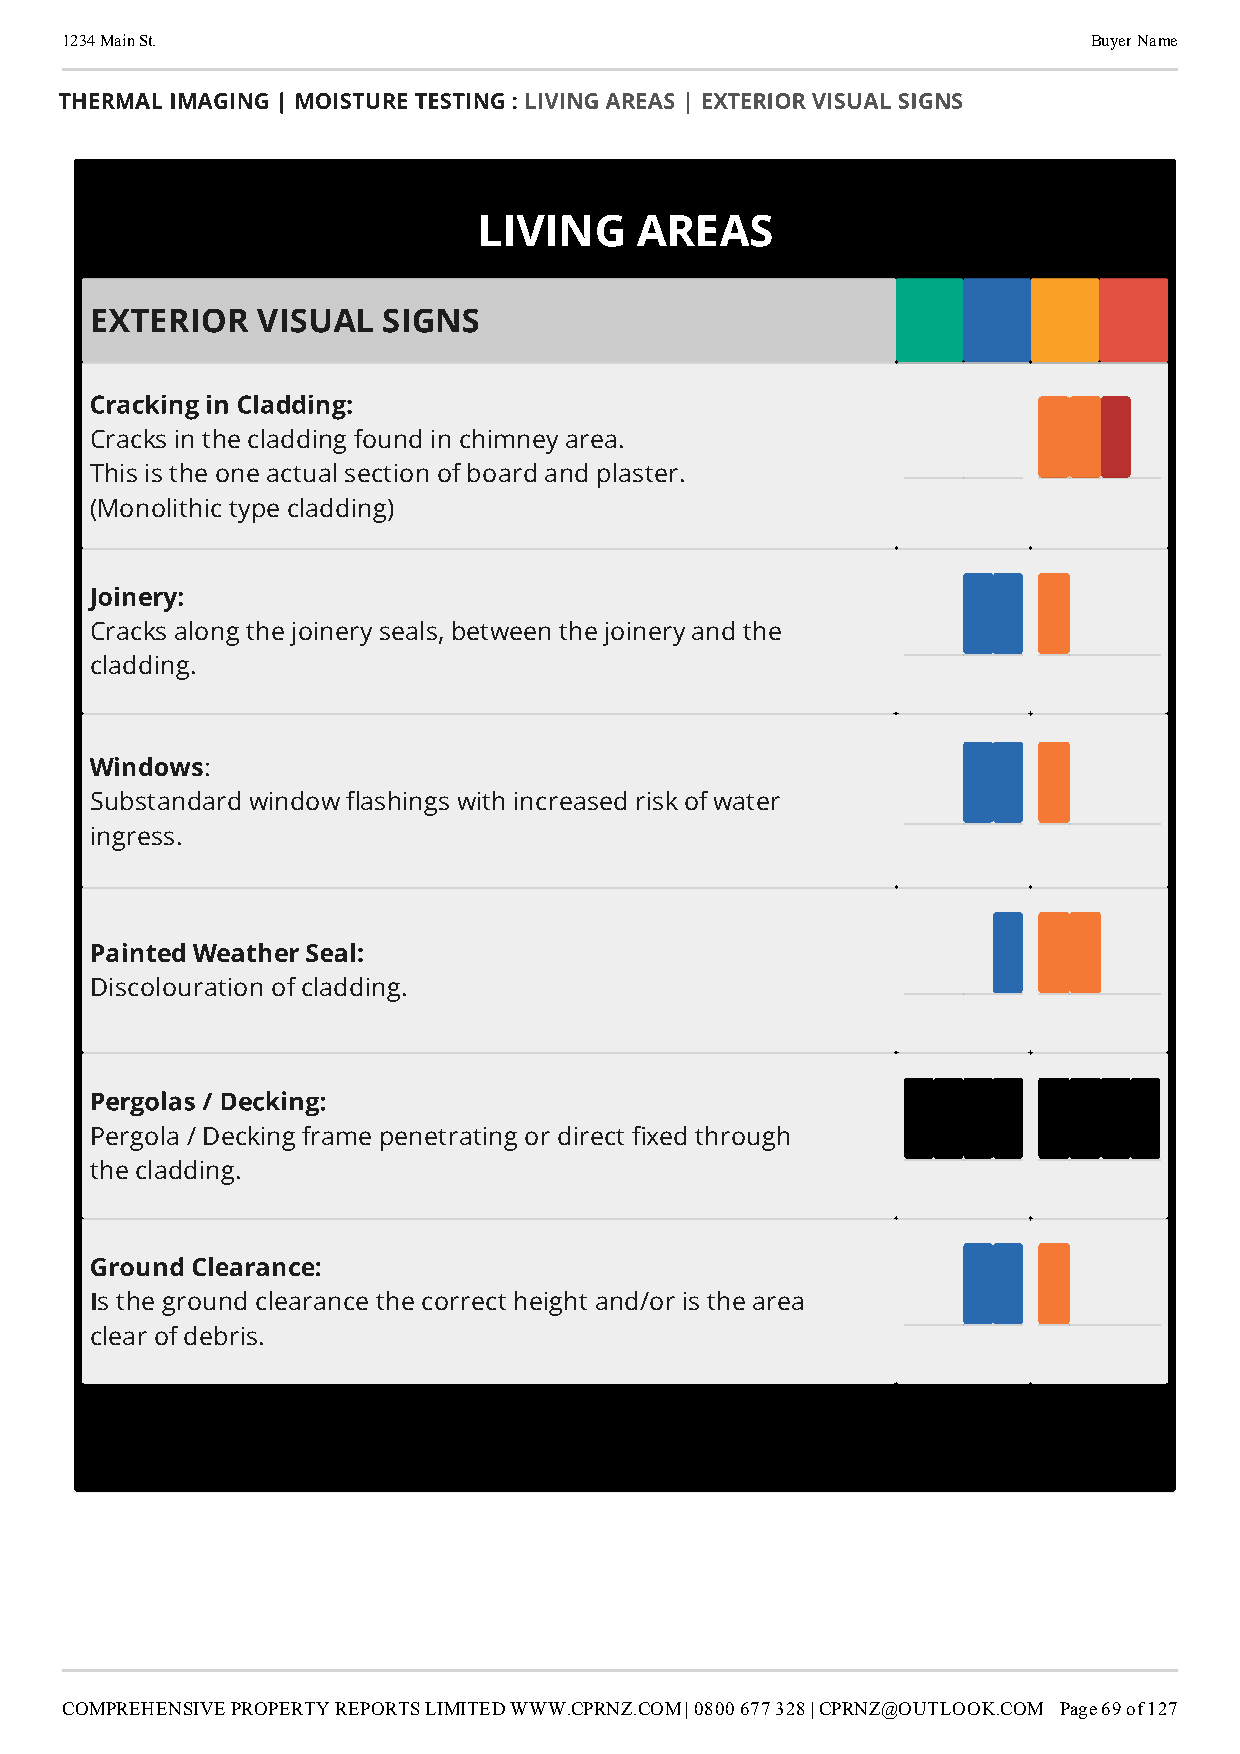
1234 Main St.                                                       Buyer Name
 THERMAL IMAGING | MOISTURE TESTING : LIVING AREAS | EXTERIOR VISUAL SIGNS
 LIVING    AREAS
 EXTERIOR   VISUAL  SIGNS
 Cracking in Cladding:
 Cracks in the cladding found in chimney area.
 This is the one actual section of board and plaster.
 (Monolithic type cladding)
 Joinery:
 Cracks along the joinery seals, between the joinery and the
 cladding.
 Windows
 :
 Substandard window ashings with increased risk of water
 ingress.
 Painted Weather Seal:
 Discolouration of cladding.
 Pergolas / Decking:
 Pergola / Decking frame penetrating or direct xed through
 the cladding.
 Ground Clearance:
 I
 s the ground clearance the correct height and/or is the area
 clear of debris.
 COMPREHENSIVE PROPERTY REPORTS LIMITED WWW.CPRNZ.COM | 0800 677 328 | CPRNZ@OUTLOOK.COM Page 69 of 127